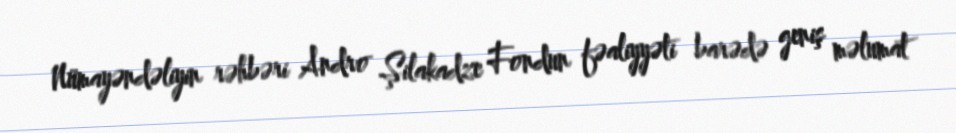
Nümayəndəliyin rəhbəri Andro Şilakadze Fondun fəaliyyəti barədə geniş məlumat